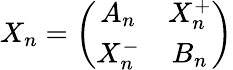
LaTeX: X_{n}=\left(\begin{array}{cc}{{A_{n}}}&{{X_{n}^{+}}}\\ {{X_{n}^{-}}}&{{B_{n}}}\end{array}\right)